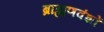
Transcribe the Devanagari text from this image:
ब्राह्मणवंशों